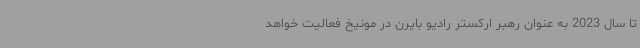
تا سال 2023 به عنوان رهبر ارکستر رادیو بایرن در مونیخ فعالیت خواهد